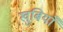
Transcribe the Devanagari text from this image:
खुबियाँ